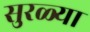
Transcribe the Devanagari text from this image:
सुरळ्या